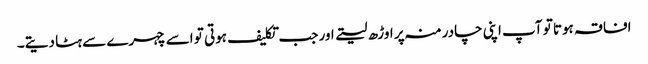
افاقہ ہوتا تو آپ اپنی چادر منہ پر اوڑھ لیتے اور جب تکلیف ہوتی تو اسے چہرے سے ہٹا دیتے۔